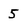
Character: 5